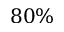
8 0 \%